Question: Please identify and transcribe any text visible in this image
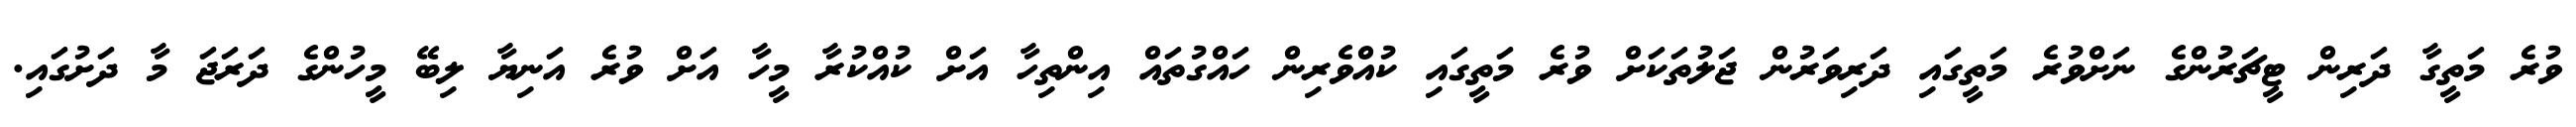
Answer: ވުރެ މަތީގާ ދަރިން ޓީޗަރުންގެ ނަށްވުރެ މަތީގައި ދަރިވަރުން ޖަލުތަކަށް ވުރެ މަތީގައި ކުއްވެރިން ހައްގުތައް އިންތިހާ އަށް ކުއްކުރާ މީހާ އަށް ވުރެ އަނިޔާ ލިބޭ މީހުންގެ ދަރަޖަ މާ ދަށުގައި.